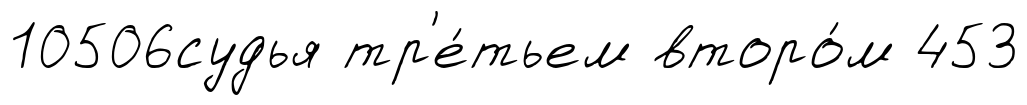
10506судья тр'е́тьем второ́м 453